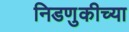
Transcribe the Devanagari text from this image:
निडणुकीच्या